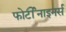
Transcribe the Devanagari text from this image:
फोर्टीनाइनर्स